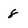
Character: 8